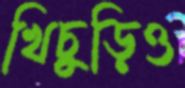
খিচুড়িও